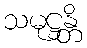
သမုဋ္ဌန္တိ